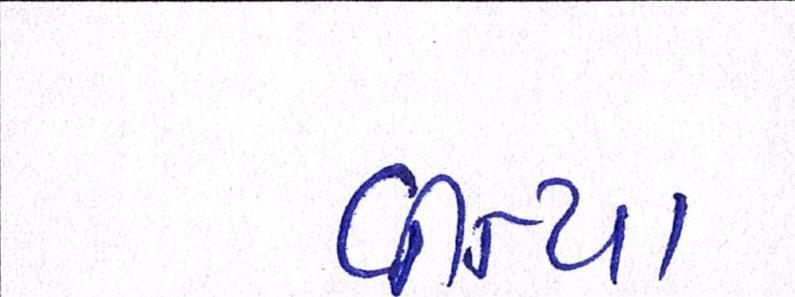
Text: વીત્યા